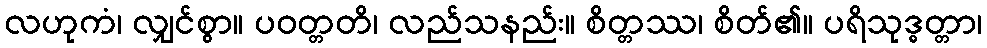
လဟုကံ၊ လျှင်စွာ။ ပဝတ္တတိ၊ လည်သနည်း။ စိတ္တဿ၊ စိတ်၏။ ပရိသုဒ္ဓတ္တာ၊